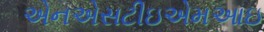
એનએસટીઇએમઆઇ